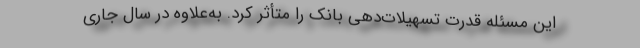
این مسئله قدرت تسهیلات‌دهی بانک را متأثر کرد. به‌علاوه در سال جاری